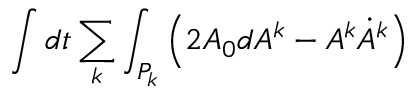
\int d t \sum _ { k } \int _ { P _ { k } } \left( 2 A _ { 0 } d A ^ { k } - A ^ { k } \dot { A } ^ { k } \right)